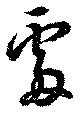
處